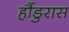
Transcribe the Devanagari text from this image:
हौंडुरास